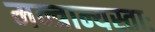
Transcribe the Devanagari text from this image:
मन्त्रान्यस्ताः